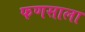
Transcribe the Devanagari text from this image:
फणसाला